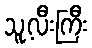
သူ့လီးကြီး